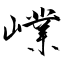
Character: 嶫